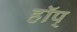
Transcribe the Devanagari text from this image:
हॉप्